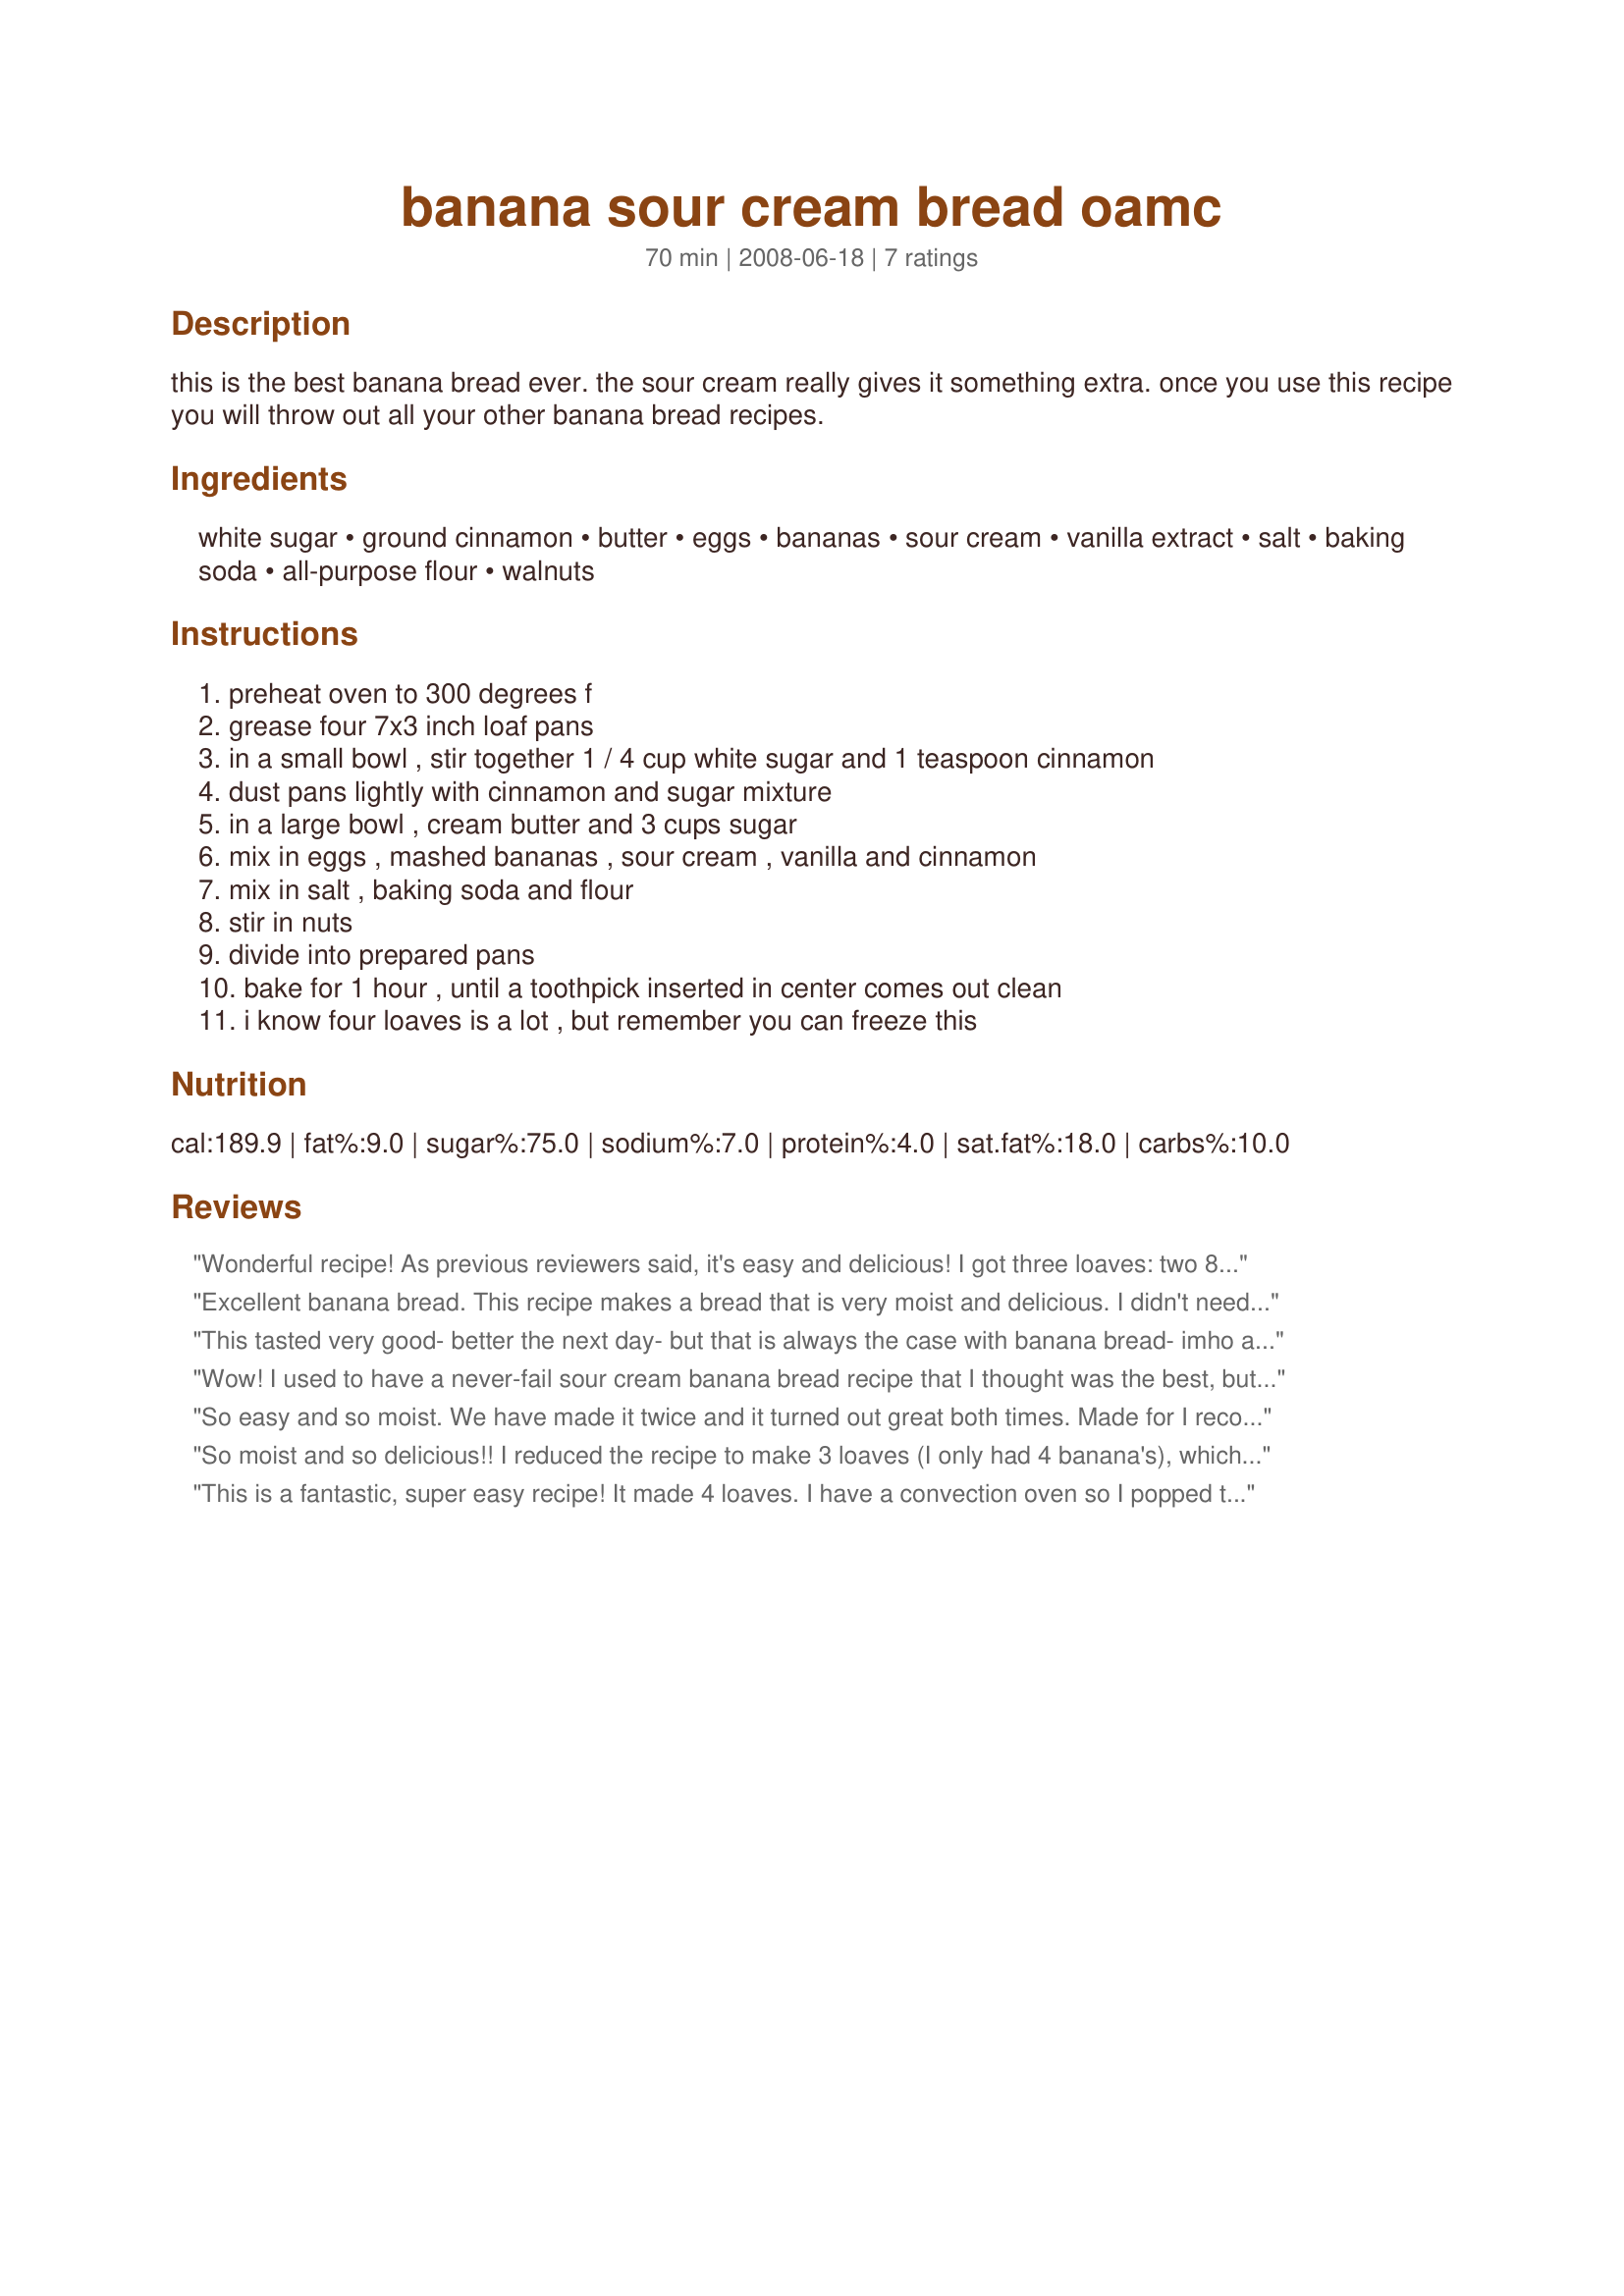
banana sour cream bread oamc
Preparation time: 70 minutes

this is the best banana bread ever. the sour cream really gives it something extra. once you use this recipe you will throw out all your other banana bread recipes.

Ingredients:
white sugar, ground cinnamon, butter, eggs, bananas, sour cream, vanilla extract, salt, baking soda, all-purpose flour, walnuts

Steps:
preheat oven to 300 degrees f, grease four 7x3 inch loaf pans, in a small bowl , stir together 1 / 4 cup white sugar and 1 teaspoon cinnamon, dust pans lightly with cinnamon and sugar mixture, in a large bowl , cream butter and 3 cups sugar, mix in eggs , mashed bananas , sour cream , vanilla and cinnamon, mix in salt , baking soda and flour, stir in nuts, divide into prepared pans, bake for 1 hour , until a toothpick inserted in center comes out clean, i know four loaves is a lot , but remember you can freeze this

Reviews:
Wonderful recipe! As previous reviewers said, it's easy and delicious! I got three loaves: two 8x4 and one 9x5, and they all popped out of the pan so easily! I use a product alled Wilton Cake Release, and my pans are Chicago Metallic, which I have found are so much better than the sort of pan you buy at Wal-Mart, for example. This is definately going to be my go-to banana bread loaf now! I loved the topping, too - it gave the top such a lovely crunch. Thanks so much for posting, Seesko!
Excellent banana bread. This recipe makes a bread that is very moist and delicious. I didn't need 4 loaves so made 1 1/4 loaf amount and got a great 8x4 sized loaf. I skipped the sugar topping (personal choice) and swapped out the butter in favor of 2 tbsp of canola oil and 2 tbsp of unsweetened applesauce. I sprayed a glass pan with Pam (on the light side) and had no problem with it sticking.
This tasted very good- better the next day- but that is always the case with banana bread- imho anyway! I think my oven must be off because this did not get done in the center for me and stuck a bit in the center on the bottom of the pan. Next time I will try using some parchment paper in the pan so it does not stick. Loved the cinnamon sugar on the top here! Thanks seesko!
Wow! I used to have a never-fail sour cream banana bread recipe that I thought was the best, but I think I've changed my mind. This turned out super moist and has a great texture and flavor. When my husband and I taste-tested, we both agreed that this was the best and I've made dozens of banana bread recipes over the years. The only thing I would change is to try baking them at 325 or 350 next time. My oven doesn't do well at low temps and the tops of the loaves didn't dome. They also needed an additional 10 minutes in my oven. I used 4 foil pans that were 8 x 3 7/8. My bread almost went over the sides of the pan, so I don't think they would have worked for me in smaller pans. Again, if I up the temp, this may change because they'll dome up and rise higher quicker. I'll definitely be making these again and again for our business. We have a convection oven there, so they may bake up differently in that and I'll update my review at that time. Thanks for sharing!
So easy and so moist. We have made it twice and it turned out great both times. Made for I recommend.
So moist and so delicious!! I reduced the recipe to make 3 loaves (I only had 4 banana's), which resulted in two 9X5 loaves. I also used low fat sour cream and egg beaters for the eggs. I don't think the substitutions made one bit of difference. You would never know that this was low fat! The recipe was so easy. This is probably the best banana bread I have tried! This will be my go-to recipe from now on. Thank you for sharing!
This is a fantastic, super easy recipe! It made 4 loaves. I have a convection oven so I popped them in all at once and they turned out moist and delicious. I substituted chocolate chips for the walnuts. I shared a loaf with my 'foodie' friends and they declared it the best banana bread they have had. High praise indeed! This is is my save binder at home now. Thanks!
